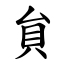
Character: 貟